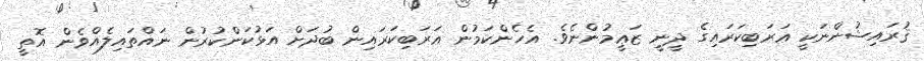
ޤުރައިޝުންނަކީ ޢަރަބިކަރައިގެ ދީނީ ޒަޢީމުންނެވެ. އެހެންކަމުން ޢަރަބިކަރައިން ބުދަށް އަޅުކަންކުރުން ނައްތައިލެއްވެން އޮތީ